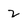
Character: 2